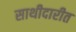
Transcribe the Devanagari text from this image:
साथीदारीत